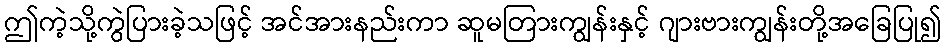
ဤကဲ့သို့ကွဲပြားခဲ့သဖြင့် အင်အားနည်းကာ ဆူမတြားကျွန်းနှင့် ဂျားဗားကျွန်းတို့အခြေပြု၍